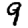
Digit: 9